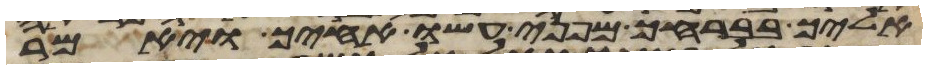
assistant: אליך בברחך מפני עשו אחיך ויאמר